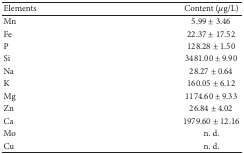
| Elements | Content (μg/L) |
 | --- | --- |
 | Mn | 5.99 ± 3.46 |
 | Fe | 22.37 ± 17.52 |
 | P | 128.28 ± 1.50 |
 | Si | 3481.00 ± 9.90 |
 | Na | 28.27 ± 0.64 |
 | K | 160.05 ± 6.12 |
 | Mg | 1174.60 ± 9.33 |
 | Zn | 26.84 ± 4.02 |
 | Ca | 1979.60 ± 12.16 |
 | Mo | n. d. |
 | Cu | n. d. |